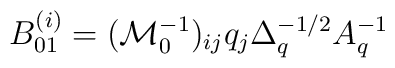
B^{(i)}_{01} =  (\mathcal{M}_0^{-1})_{ij} q_j \Delta_q^{-1/2} A_q^{-1}